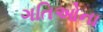
ગતિઓના